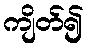
ကျိတ်၍